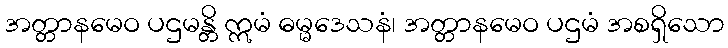
အတ္တာနမေဝ ပဌမန္တိ ဣမံ ဓမ္မဒေသနံ၊ အတ္တာနမေဝ ပဌမံ အစရှိသော